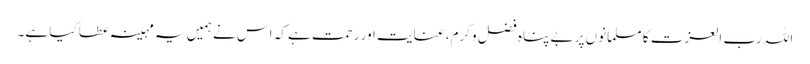
اللہ رب العزت کا مسلمانوں پر بے پناہ فضل وکرم، عنایت اور رحمت ہے کہ اس نے ہمیں یہ مہینہ عطا کیا ہے۔